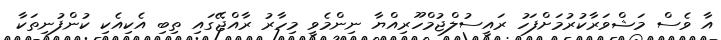
އާ ވެސް މަޝްވަރާކުރުމަށްފަހު ރައީސުލްޖުމްހޫރިއްޔާ ނިންމެވީ މިހާރު ރާއްޖޭގައި ތިބި އެކިއެކި ކުންފުނިތަކާ